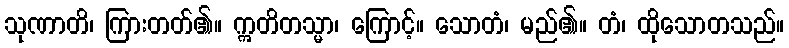
သုဏာတိ၊ ကြားတတ်၏။ ဣတိတသ္မာ၊ ကြောင့်။ သောတံ၊ မည်၏။ တံ၊ ထိုသောတသည်။